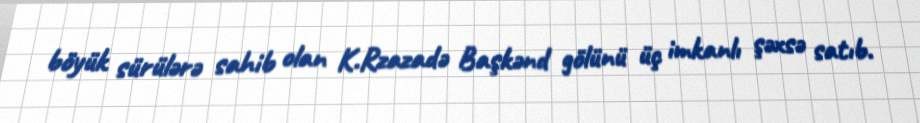
böyük sürülərə sahib olan K.Rzazadə Başkənd gölünü üç imkanlı şəxsə satıb.